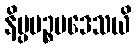
နိပ္ပပဉ္စမဒေသယိ